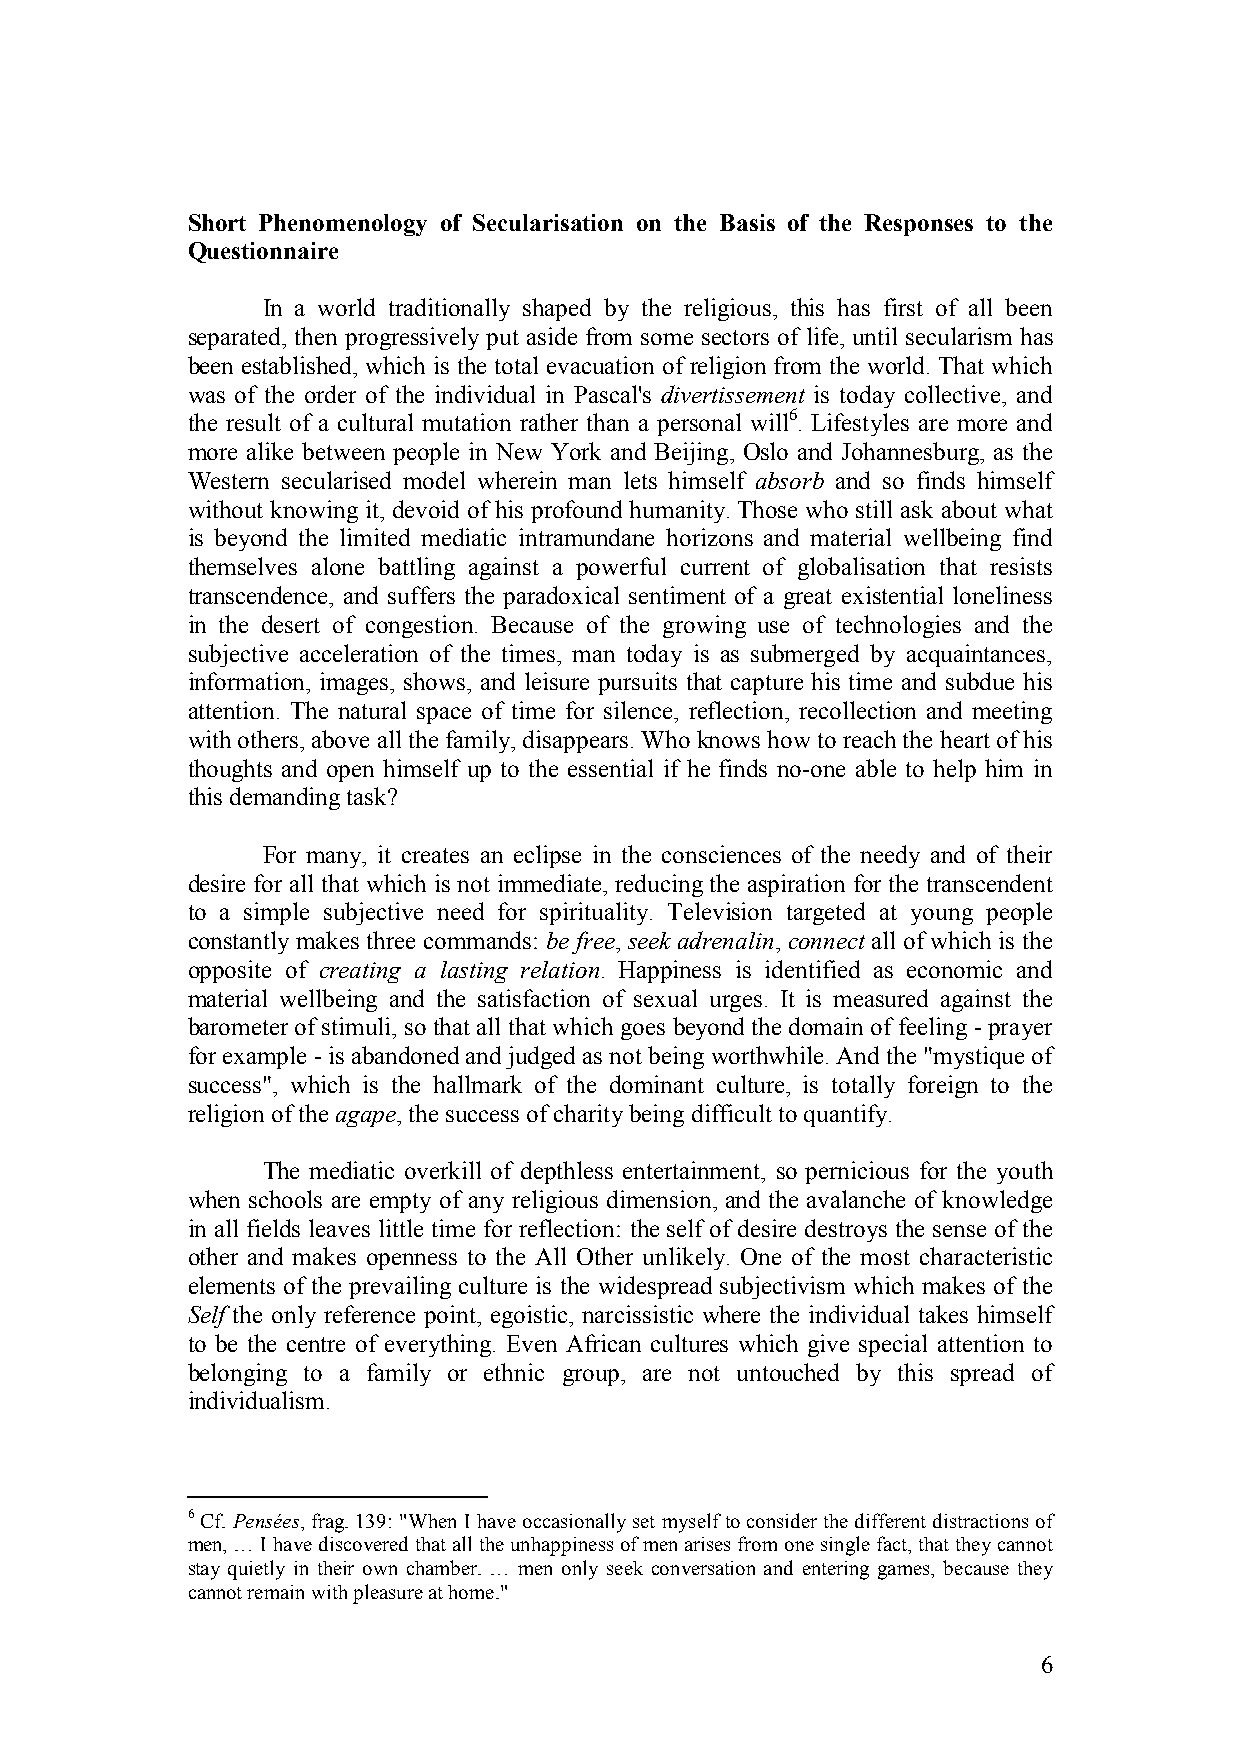
Short Phenomenology of Secularisation on the Basis of the Responses to the
 Questionnaire
 In a world traditionally shaped by the religious, this has first of all been
 separated, then progressively put aside from some sectors of life, until secularism has
 been established, which is the total evacuation of religion from the world. That which
 was of the order of the individual in Pascal's divertissement is today collective, and
 the result of a cultural mutation rather than a personal will6. Lifestyles are more and
 more alike between people in New York and Beijing, Oslo and Johannesburg, as the
 Western secularised model wherein man lets himself absorb and so finds himself
 without knowing it, devoid of his profound humanity. Those who still ask about what
 is beyond the limited mediatic intramundane horizons and material wellbeing find
 themselves alone battling against a powerful current of globalisation that resists
 transcendence, and suffers the paradoxical sentiment of a great existential loneliness
 in the desert of congestion. Because of the growing use of technologies and the
 subjective acceleration of the times, man today is as submerged by acquaintances,
 information, images, shows, and leisure pursuits that capture his time and subdue his
 attention. The natural space of time for silence, reflection, recollection and meeting
 with others, above all the family, disappears. Who knows how to reach the heart of his
 thoughts and open himself up to the essential if he finds no-one able to help him in
 this demanding task?
 For many, it creates an eclipse in the consciences of the needy and of their
 desire for all that which is not immediate, reducing the aspiration for the transcendent
 to a simple subjective need for spirituality. Television targeted at young people
 constantly makes three commands: be free, seek adrenalin, connect all of which is the
 opposite of creating a lasting relation. Happiness is identified as economic and
 material wellbeing and the satisfaction of sexual urges. It is measured against the
 barometer of stimuli, so that all that which goes beyond the domain of feeling - prayer
 for example - is abandoned and judged as not being worthwhile. And the "mystique of
 success", which is the hallmark of the dominant culture, is totally foreign to the
 religion of the agape, the success of charity being difficult to quantify.
 The mediatic overkill of depthless entertainment, so pernicious for the youth
 when schools are empty of any religious dimension, and the avalanche of knowledge
 in all fields leaves little time for reflection: the self of desire destroys the sense of the
 other and makes openness to the All Other unlikely. One of the most characteristic
 elements of the prevailing culture is the widespread subjectivism which makes of the
 Self the only reference point, egoistic, narcissistic where the individual takes himself
 to be the centre of everything. Even African cultures which give special attention to
 belonging to a family or ethnic group, are not untouched by this spread of
 individualism.
 6 Cf. Pensées, frag. 139: "When I have occasionally set myself to consider the different distractions of
 men, … I have discovered that all the unhappiness of men arises from one single fact, that they cannot
 stay quietly in their own chamber. … men only seek conversation and entering games, because they
 cannot remain with pleasure at home."
 6